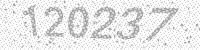
Solution: 120237